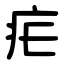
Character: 疟